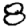
Digit: 8